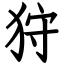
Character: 狩